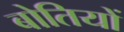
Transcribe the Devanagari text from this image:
बोतियों